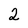
Character: 2